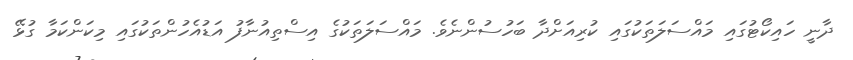
ދާނީ ހައިކޯޓުގައި މައްސަލަތަކުގައި ކުރިއަށްދާ ބަހުސުންނެވެ. މައްސަލަތަކުގެ އިސްތިއުނާފު އަޑުއެހުންތަކުގައި މިކަންކަމާ ގުޅޭ